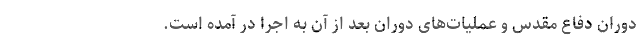
دوران دفاع مقدس و عملیات‌های دوران بعد از آن به اجرا در آمده است.